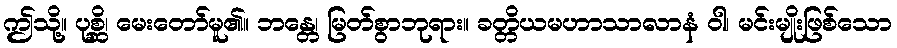
ဤသို့။ ပုစ္ဆိ၊ မေးတော်မူ၏။ ဘန္တေ၊ မြတ်စွာဘုရား။ ခတ္တိယမဟာသာလာနံ ဝါ၊ မင်းမျိုးဖြစ်သော